Civil Veterinary Dept. Assam report 1927-50 - 1927-1950
Year: 1927
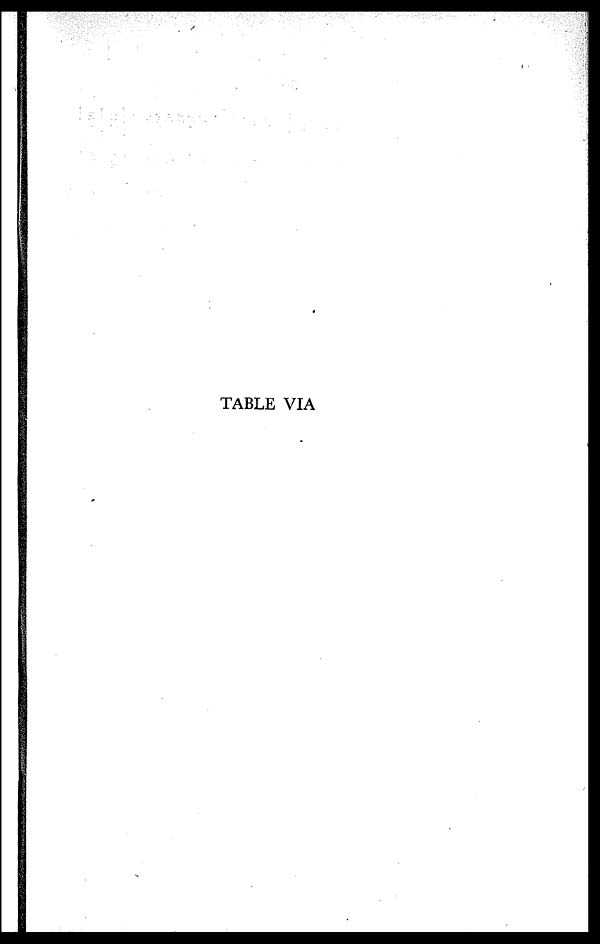
TABLE VIA